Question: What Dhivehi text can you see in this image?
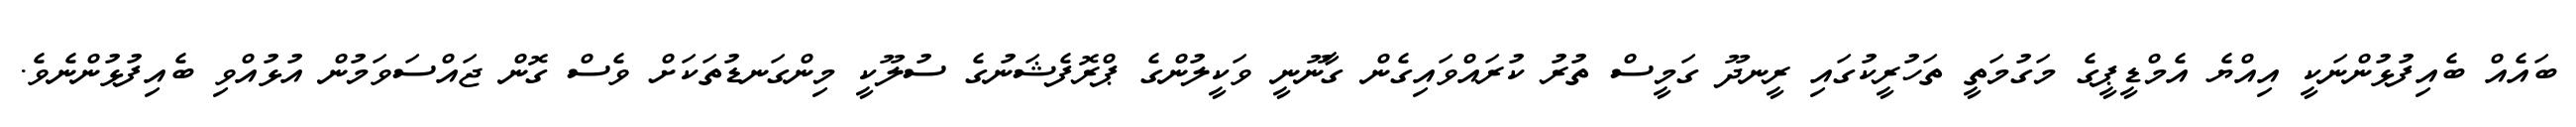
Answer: ބައެއް ބެއިފުޅުންނަކީ އިއްޔެ އެމްޑީޕީގެ މަގުމަތީ ތަހުރީކުގައި ރީނދޫ ގަމީސް ތުރު ކުރައްވައިގެން ގާނޫނީ ވަކީލުންގެ ޕްރޮފެޝަނުގެ ސުލޫކީ މިންގަނޑުތަކަށް ވެސް ގޮން ޖައްސަވަމުން އުޅުއްވި ބެއިފުޅުންނެވެ.